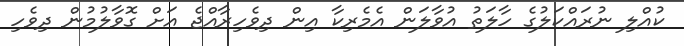
ކުއްލި ނުރައްކަލުގެ ހާލަތު އުވާލަން އެމެރިކާ އިން ދިވެހިރާއްޖެ އަށް ގޮވާލުމުން ދިވެހި